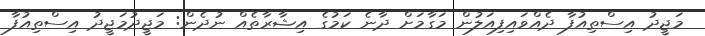
މަޖީދު އިސްތިއުފާ ދެއްވައިފިއަލުން މަގާމަށް ދާނެ ކަމުގެ އިޝާރާތެއް ނުދެން: މަޖީދުމަޖީދު އިސްތިއުފާ